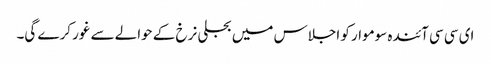
ای سی سی آئندہ سوموار کو اجلاس میں بجلی نرخ کے حوالے سے غور کرے گی۔